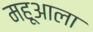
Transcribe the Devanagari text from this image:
महूआला